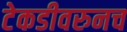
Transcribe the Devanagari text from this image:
टेकडीवरुनच